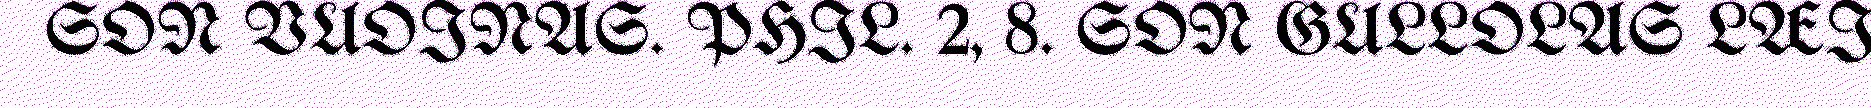
SON VUOINAS. PHIL. 2, 8. SON GULLOLAS LÆI